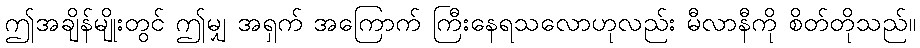
ဤအချိန်မျိုးတွင် ဤမျှ အရှက် အကြောက် ကြီးနေရသလောဟုလည်း မီလာနီကို စိတ်တိုသည်။